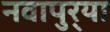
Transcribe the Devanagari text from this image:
नवापुर्‍या